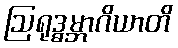
ဩရုဒ္ဓမ္ဘာဂိယာတိ